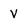
Character: V